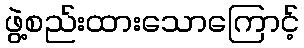
ဖွဲ့စည်းထားသောကြောင့်